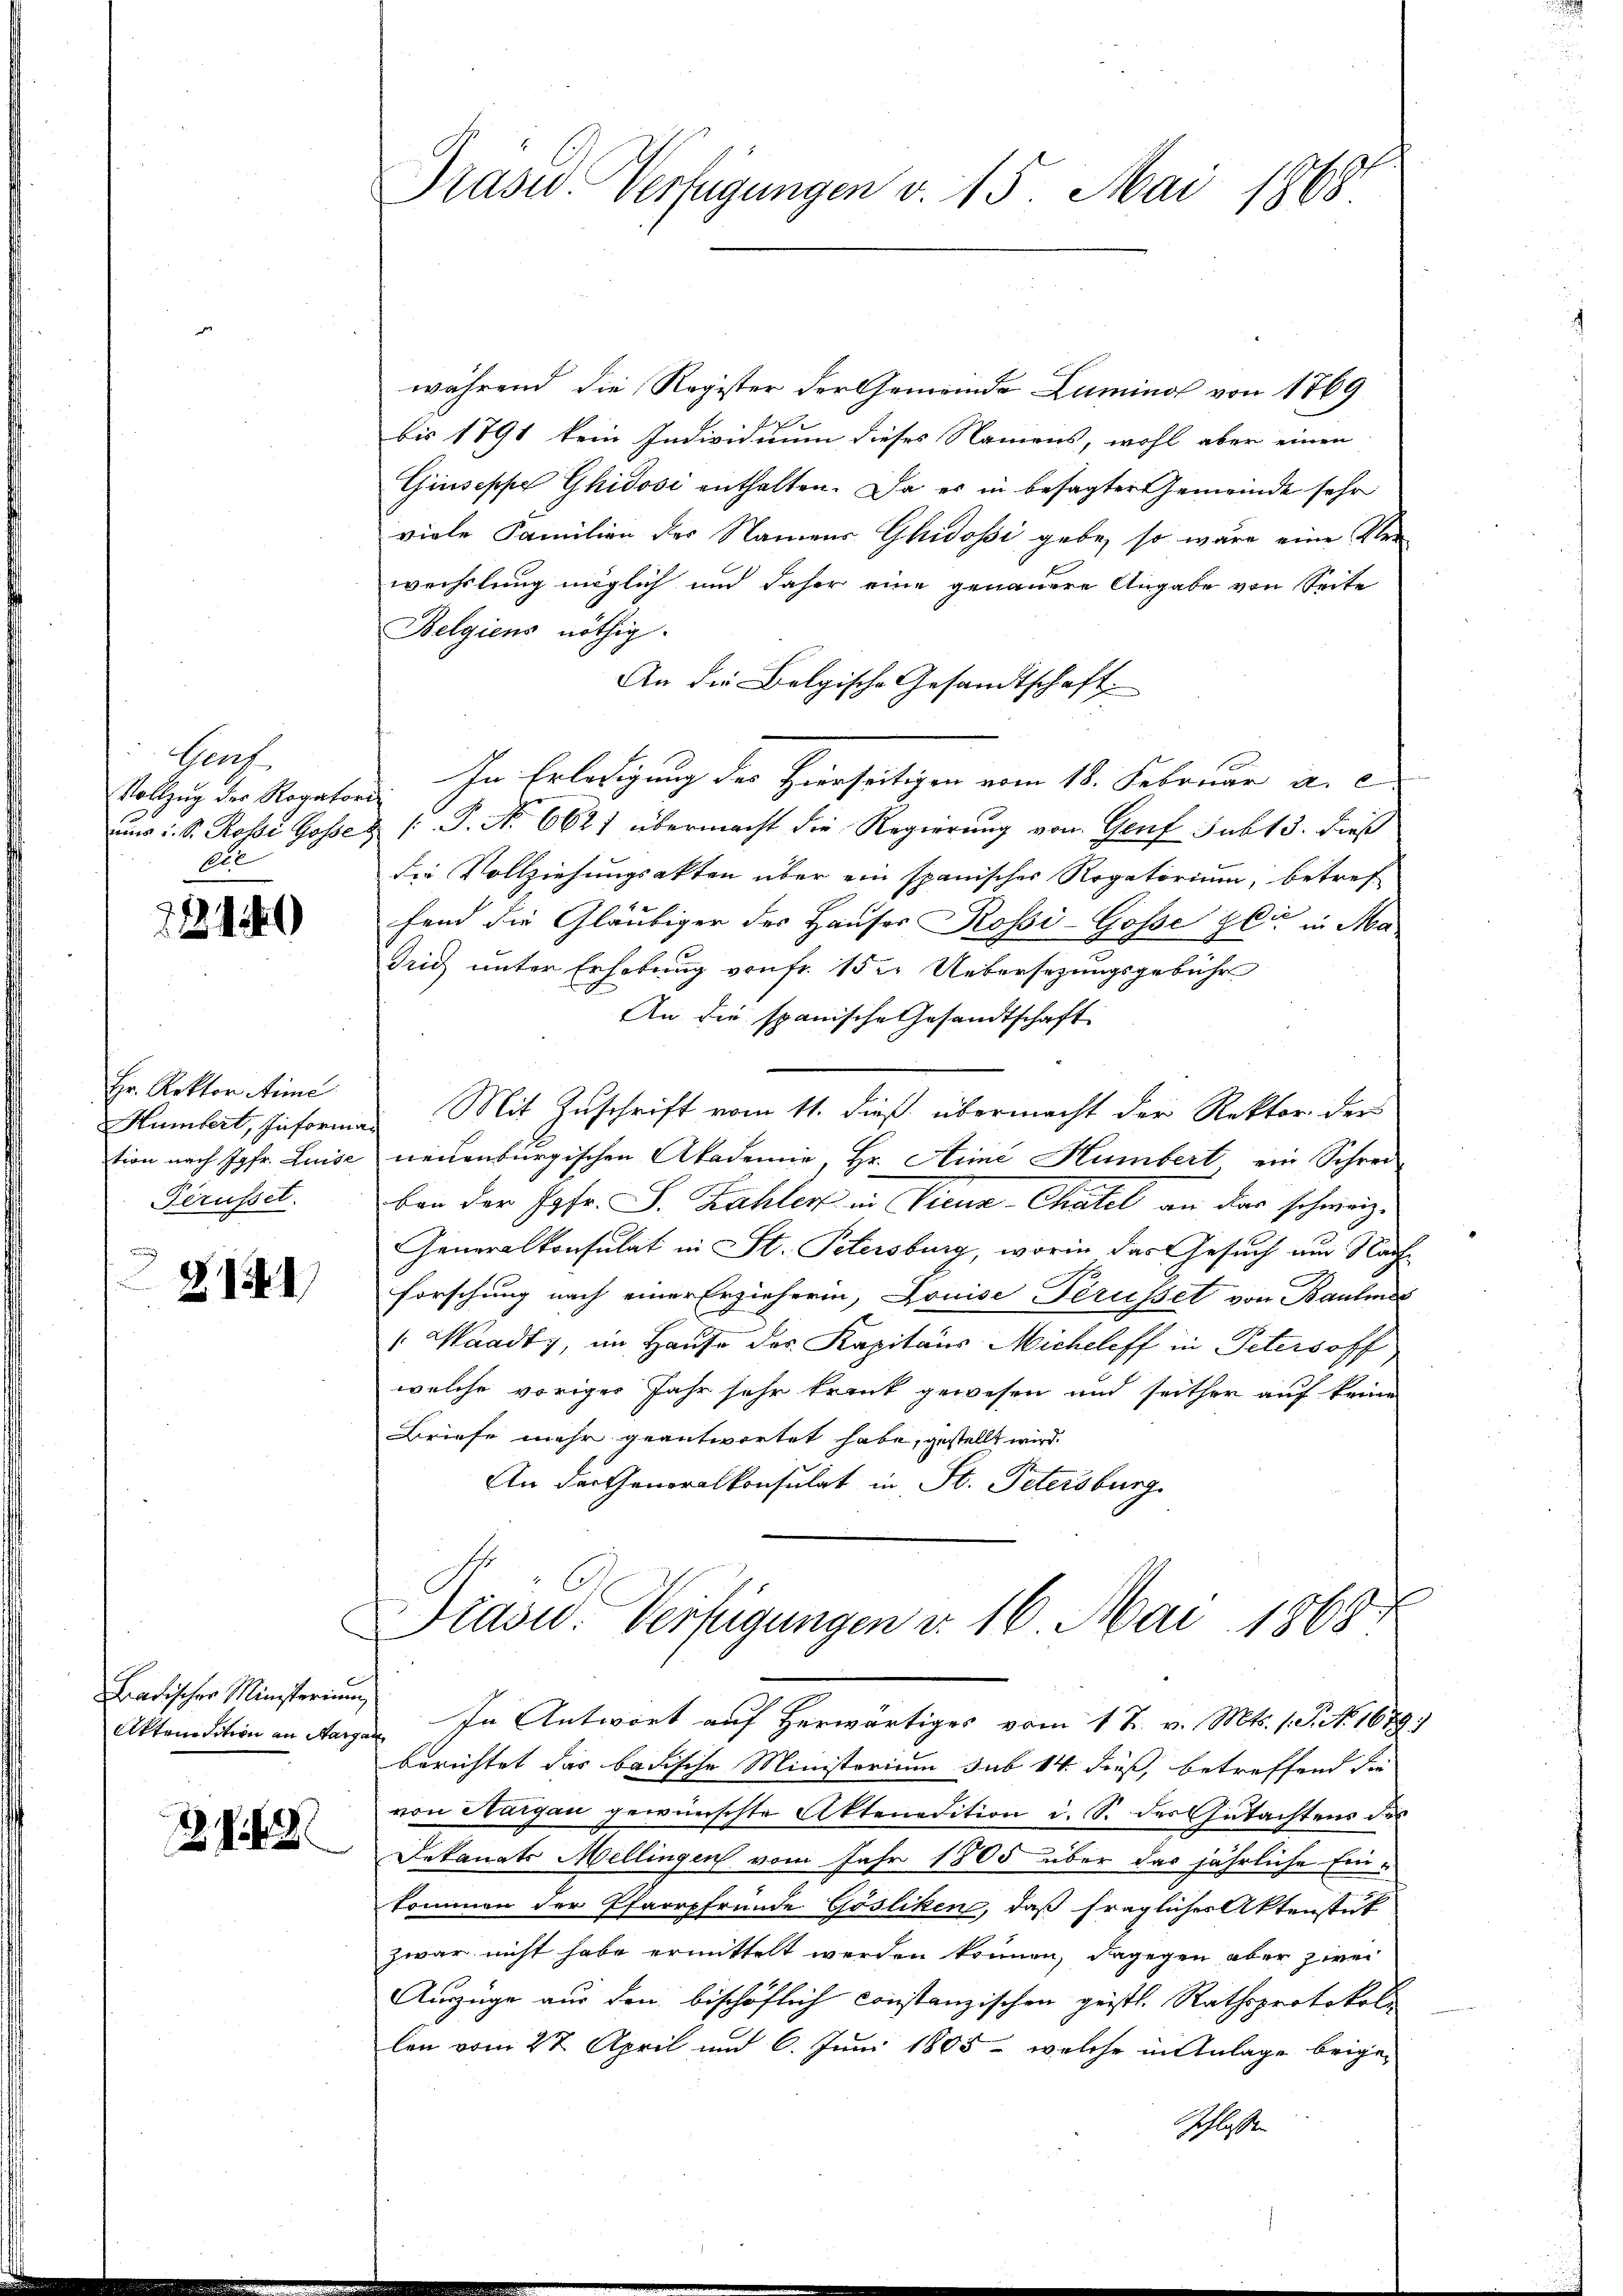
Genf
Vollzug der Rogatori
Ate

221149

Hr. Rektor Anne
tion nach Jgfr. Luise
Perusset.

21

Badischer Ministerium
Aktendition an Marg¬

Z 142

Präsid. Verfügungen v. 15. Mai 1868

während die Register der Gemeinde Luminal von 1769
2
bis 1791 kein Individuum dieses Namens, wohl aber einen
Giuseppe Ghidosi enthalten. Da es in besagter Gemeinde sehr
viele Familien der Namens Ghidosi gebe, so wäre eine Verwechslung möglich und daher eine genauere Angabe von Seite
Belgiens nöthig.
An die Belgische Gesandtschaft.
In Erledigung des Hierseitigen vom 18. Februar a. c
nur d. S. Rosse Gasse & J. No 6621 übermacht die Regierung von Genf sub 15. dieß
die Vollziehungsakten über ein spanischer Rogatorium, betref
fand die Gläubiger des Hauser Rossi-Gosse gli in Ma¬
Trich unter Erhebung von fr. 152. Uebersezungsgebühr
An die spanische Gesandtschaft
Humbert, hinforma. Mit Zuschrift vom 11. dieß übermacht der Rektor der
neuenburgischen Akademie, Hr. Aimi Humbert ein Schrei
ben der Jgfr. S. Zahler in Vicua-Chatel an das schweiz.
Generalkonsulat in St. Petersburg, worin das Gesuch aus Nach
forschung nach einer Erzieherin, Louise Ferusset von Baulines
 Waadty, im Hause des Kapitaus Micheleff in Petersoff
welche voriger Jahr sehr krank gewesen und seither auf keine
Briefe mehr geantwortet habe, gestellt wird.
An der Generalkonsulat in St. Petersburg
f
Präsid. Verfügungen d. 16. Mai 1863.
 In Antwort auf herwärtiges vom 1 t v. Mts. 1 S. 1679
berichtet das badische Ministerium sub 14 dieß, betreffend die
von Margau gewünschte Aktenadition d. S. des Gutachtens des
Dekanats Mellingen vom Jahr 1805 über das jährliche Einkommen der Pfarrpfründe Gösliken, daß fragliches Aktenstut
zwar nicht habe ermittelt werden können, dagegen aber zwei
Auszüge aus den bischöflich constanzischen geistl. Rathsprotokoll
len vom 22. April und 6. Juni 1805 - welche in Anlage beigen
Schlossen